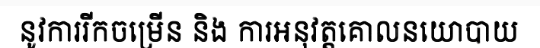
នូវការរីកចម្រើន និង ការអនុវត្តគោលនយោបាយ